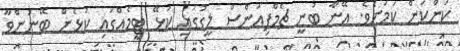
ކަންކަން ކަމަށެވެ. އޭނާ ބުނީ ޗެމްޕިއަންސް ލީގުގައި ކުޅޭ ޓީމެއްގައި ކުޅެން ބޭނުންވާ